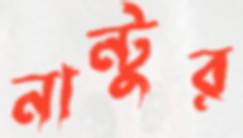
নান্টুর